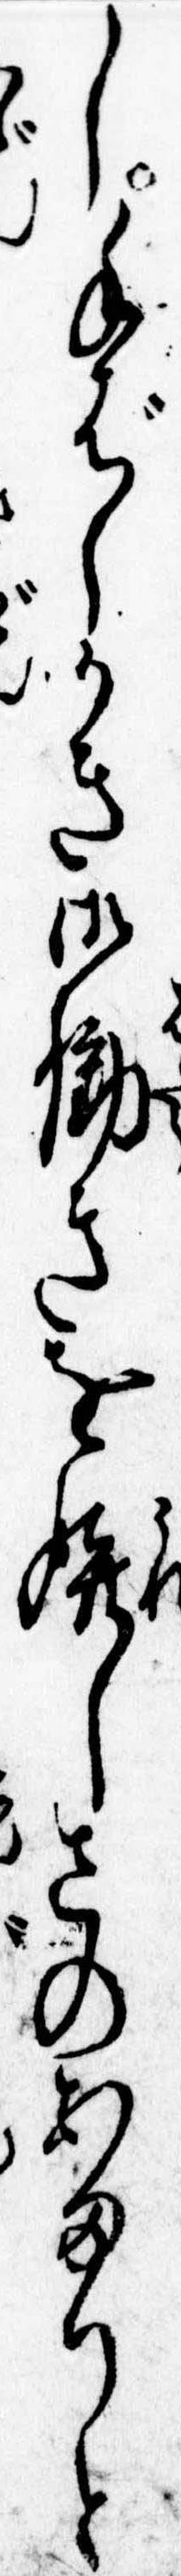
し手ばしかき御働きを嬉しさのあまりと